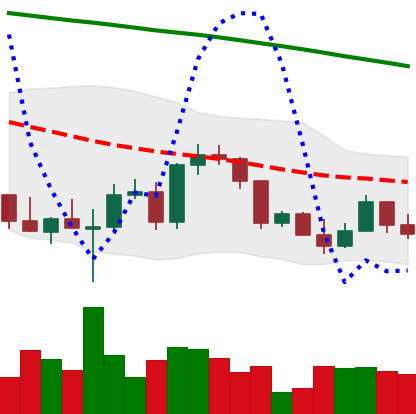
Ticker: ETH-USD
Chart end date: 2022-03-11
Forward return: 8.302%
Label: up_7plus